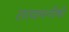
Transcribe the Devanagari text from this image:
तत्वमनीषी